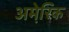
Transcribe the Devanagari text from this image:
अमेरि़क